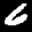
Label: 6